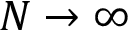
N \to \infty